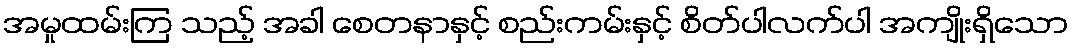
အမှုထမ်းကြ သည့် အခါ စေတနာနှင့် စည်းကမ်းနှင့် စိတ်ပါလက်ပါ အကျိုးရှိသော